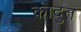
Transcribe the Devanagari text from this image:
कादुत